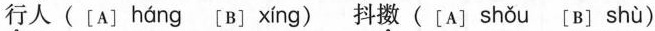
行人([A] háng [B] xíng )抖擞([A] shǒu [B] shù )